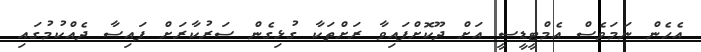
އެހެން ނަމަވެސް އެމްޓީޑީސީ އަށް ދޫކޮށްފައިވާ ރަށްތަކާ ގުޅިގެން ސަރުކާރަށް ފައިސާ ދެއްކުމުގައި